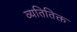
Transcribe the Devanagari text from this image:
व्यतितिक्त